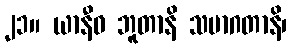
၂၁။ ယာနီဓ ဘူတာနိ သမာဂတာနိ၊